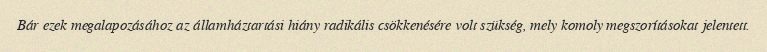
Bár ezek megalapozásához az államháztartási hiány radikális csökkenésére volt szükség, mely komoly megszorításokat jelentett.